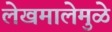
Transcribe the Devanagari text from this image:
लेखमालेमुळे